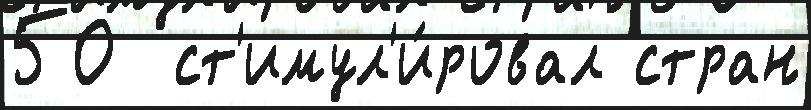
50  ст'имул'и́ровал стран